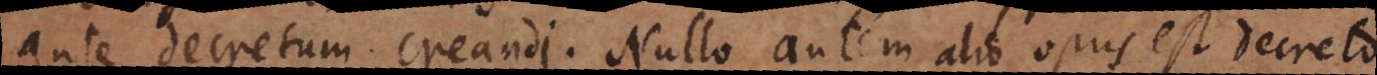
ante decretum creandi. Nullo autem alio opus est decreto